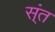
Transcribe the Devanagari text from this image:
स्ंत